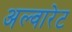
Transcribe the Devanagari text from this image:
अल्वारेट